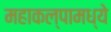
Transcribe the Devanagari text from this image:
महाकल्पामध्ये